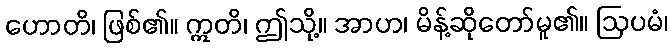
ဟောတိ၊ ဖြစ်၏။ ဣတိ၊ ဤသို့။ အာဟ၊ မိန့်ဆိုတော်မူ၏။ ဩပမံ၊